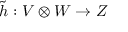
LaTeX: { \tilde { h } } : V \otimes W \to Z